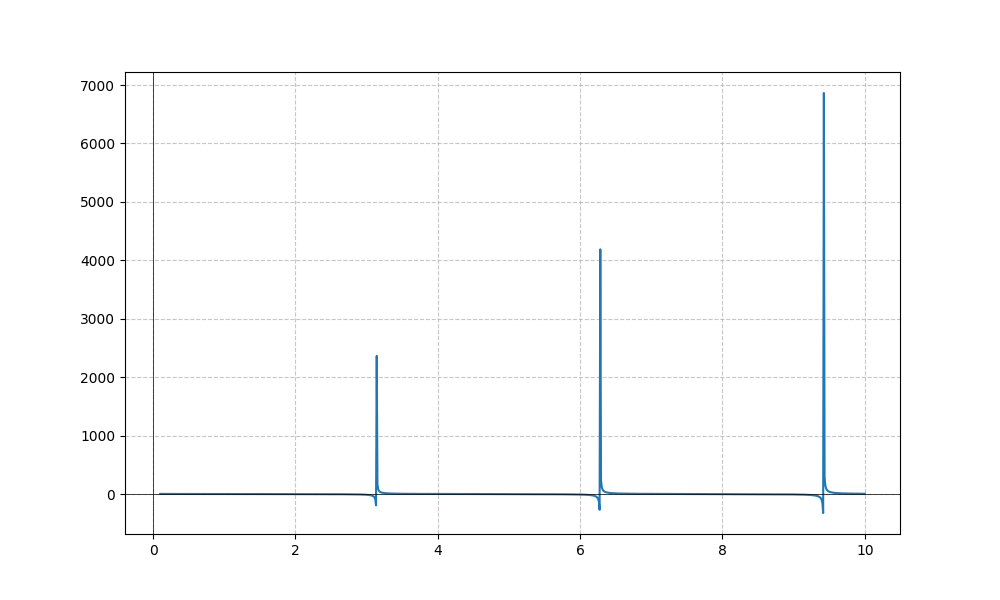
LaTeX formula: \sqrt{x} \cot{\left(x \right)}